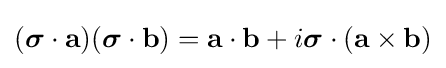
({\boldsymbol {\sigma }}\cdot \mathbf {a} )({\boldsymbol {\sigma }}\cdot \mathbf {b} )=\mathbf {a} \cdot \mathbf {b} +i{\boldsymbol {\sigma }}\cdot \left(\mathbf {a} \times \mathbf {b} \right)